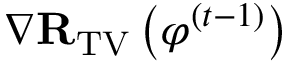
\nabla \mathbf { R } _ { \mathrm { T V } } \left( { \varphi } ^ { ( t - 1 ) } \right)